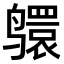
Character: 𫜅